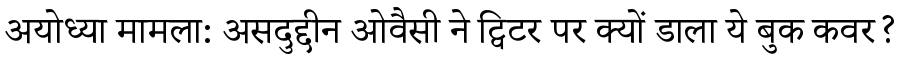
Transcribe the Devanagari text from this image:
अयोध्या मामला: असदुद्दीन ओवैसी ने ट्विटर पर क्यों डाला ये बुक कवर?